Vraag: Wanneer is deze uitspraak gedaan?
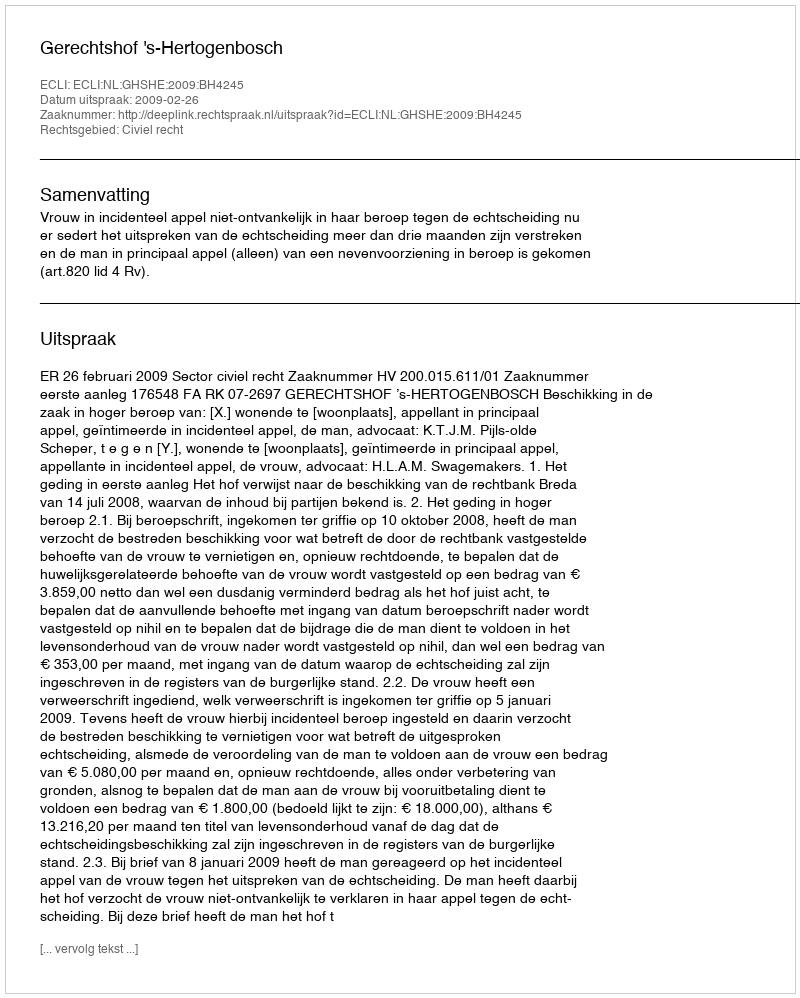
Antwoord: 2009-02-26